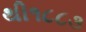
થી૧૮૮૩